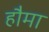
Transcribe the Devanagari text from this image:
हौमा